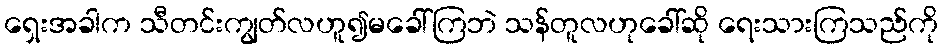
ရှေးအခါက သီတင်းကျွတ်လဟူ၍မခေါ်ကြဘဲ သန်တူလဟုခေါ်ဆို ရေးသားကြသည်ကို